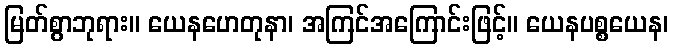
မြတ်စွာဘုရား။ ယေနဟေတုနာ၊ အကြင်အကြောင်းဖြင့်။ ယေနပစ္စယေန၊